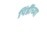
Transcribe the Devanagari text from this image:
पिंडींच्या